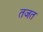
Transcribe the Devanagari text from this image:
तजत